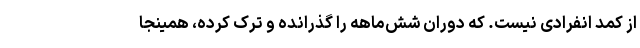
از کمد انفرادی نیست. که دوران شش‌ماهه را گذرانده و ترک کرده، همینجا